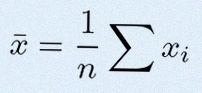
\bar{x}=\frac1n\sum x_i